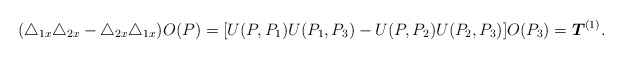
\begin{align*}(\triangle _{1x}\triangle _{2x}-\triangle _{2x}\triangle_{1x})O(P)=[U(P,P_{1})U(P_{1},P_{3})-U(P,P_{2})U(P_{2},P_{3})]O(P_{3})=\mbox{\boldmath{$T$}}^{(1)}.\end{align*}